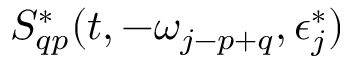
S _ { q p } ^ { * } ( t , - \omega _ { j - p + q } , \epsilon _ { j } ^ { * } )